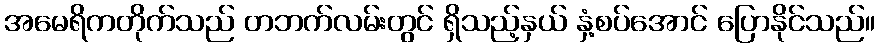
အမေရိကတိုက်သည် တဘက်လမ်းတွင် ရှိသည့်နှယ် နှံ့စပ်အောင် ပြောနိုင်သည်။